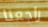
راجعنا